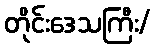
တိုင်းဒေသကြီး/